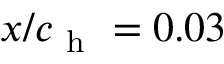
x / c _ { \mathrm { ~ h ~ } } = 0 . 0 3